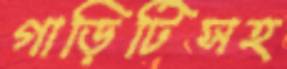
গাড়িটিসহ